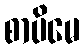
စာပိမေ